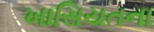
ખાસિયતના